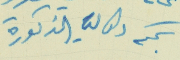
بحكم وكالتي المذكورة